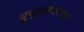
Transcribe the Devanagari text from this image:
युद्धतंत्राचा